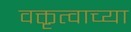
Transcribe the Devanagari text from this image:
वक्तृत्वाच्या